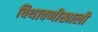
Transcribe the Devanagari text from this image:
चिथावणीखाली